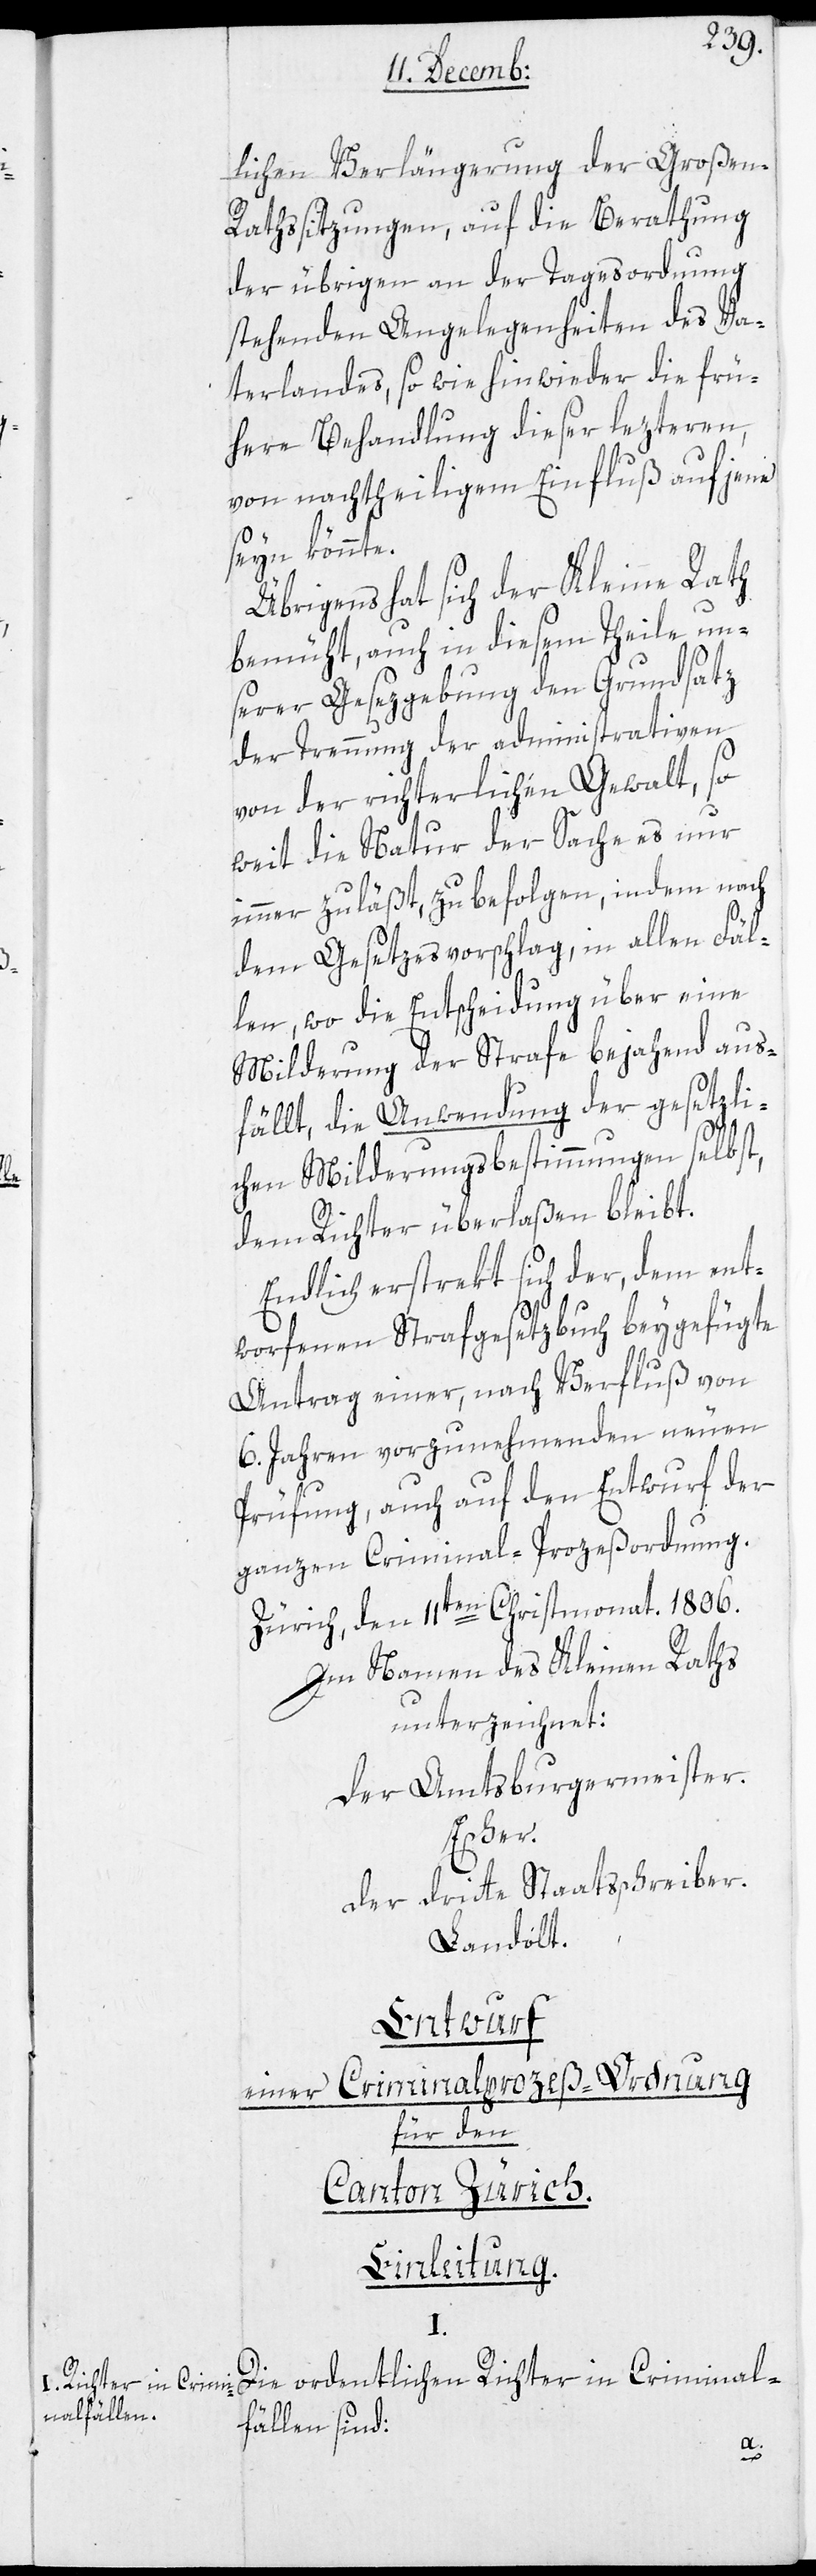
I.

Richter in Crimi¬
nalfällen.

lichen Verlängerung der Große¬
n-Rathssitzungen, auf die Berathung
der übrigen an der Tagesordnung
stehenden Angelegenheiten des Va¬
terlandes, so wie hinwieder die frü¬
here Behandlung dieser lezteren,
von nachtheiligem Einfluß auf jene
seyn könnte.
Übrigens hat sich der Kleine Rath
bemüht, auch in diesem Teile un¬
serer Gesezgebung den Grundsatz
der Trennung der administrativen
von der richterlichen Gewalt, so
weit die Natur der Sache es nur
immer zuläßt, zu befolgen, indem nach
dem Gesetzesvorschlag, in allen Fäl¬
len, wo die Entscheidung über eine
Milderung der Strafe bejahend aus¬
fällt, die Anwendung der gesetzli¬
chen Milderungsbestimmungen selbst,
dem Richter überlaßen bleibt.
Endlich erstrekt sich der, dem ent¬
worfenen Strafgesetzbuch beygefügte
Antrag einer, nach Verfluß von
6. Jahren vorzunehmenden neuen
Prüfung, auch auf den Entwurf der
ganzen Criminal-Prozeßordnung.
Zürich, den 11ten Christmonat 1806.
Im Namen des Kleinen Raths
unterzeichnet:
Der Amtsburgermeister.
Escher.
Der dritte Staatsschreiber.
Landolt.
Entwurf
einer Criminalprozeß-Ordnung
für den
Canton Zürich.
Einleitung
Die ordentlichen Richter in Criminal¬
fällen sind: